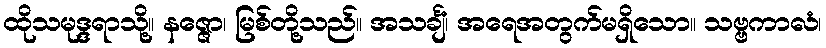
ထိုသမုဒ္ဒရာသို့။ နဇ္ဇော၊ မြစ်တို့သည်။ အသင်္ချံ၊ အရေအတွက်မရှိသော။ သဗ္ဗကာလံ၊